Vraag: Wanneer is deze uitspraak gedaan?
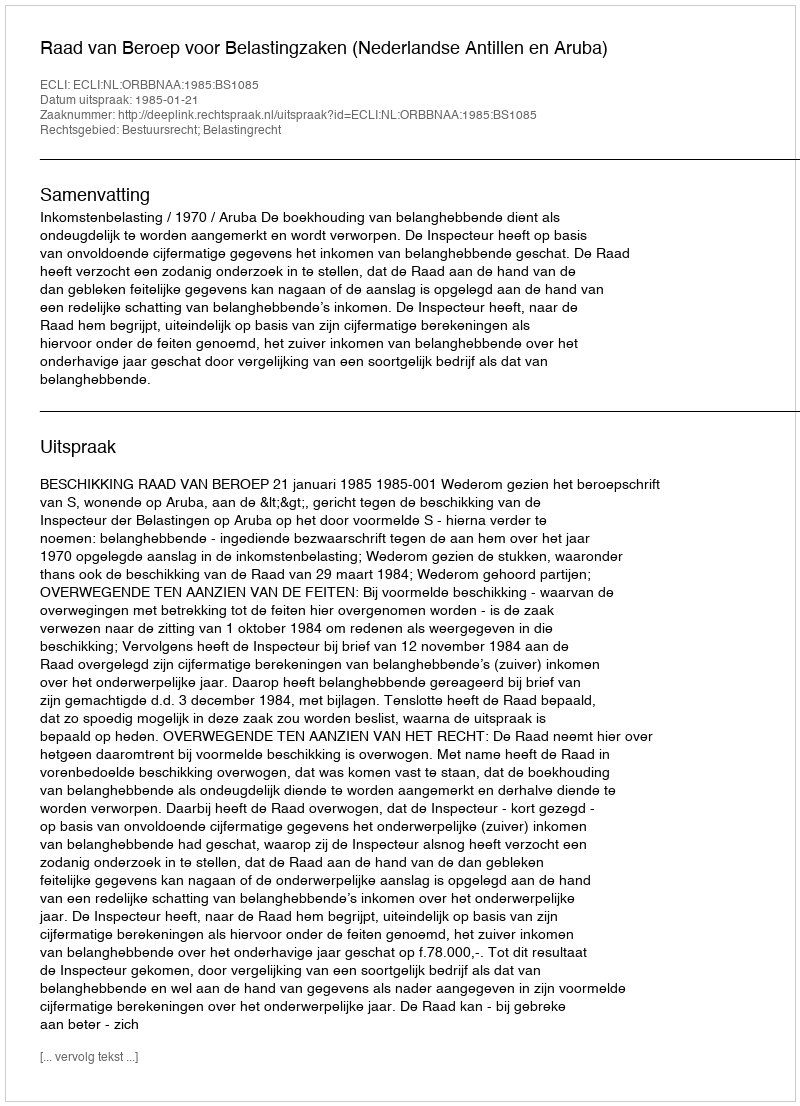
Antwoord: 1985-01-21